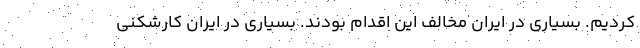
كرديم. بسياري در ايران مخالف اين اقدام بودند. بسياري در ايران كارشكني